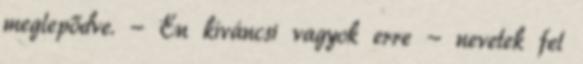
meglepődve. - Én kíváncsi vagyok erre - nevetek fel